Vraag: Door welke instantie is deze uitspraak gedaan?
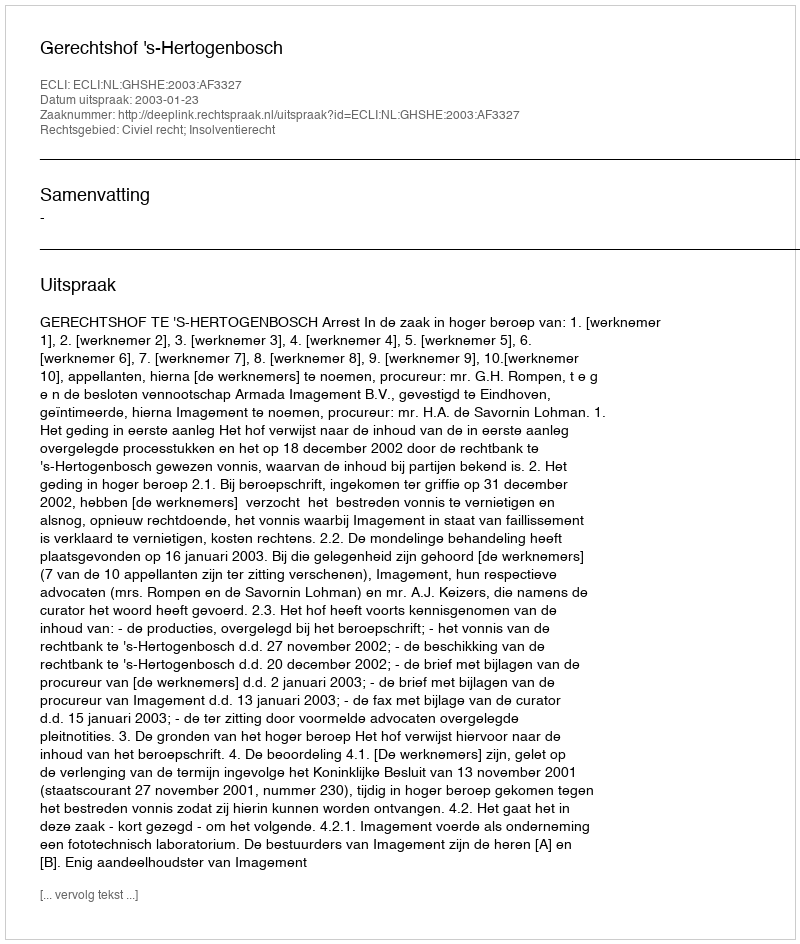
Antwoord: Gerechtshof 's-Hertogenbosch